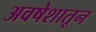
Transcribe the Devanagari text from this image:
अवषेशातून